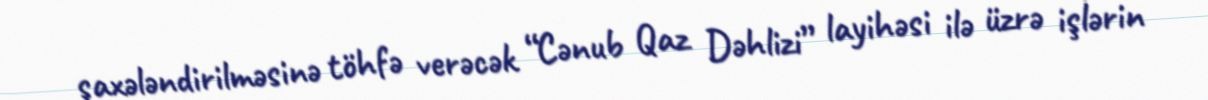
şaxələndirilməsinə töhfə verəcək “Cənub Qaz Dəhlizi” layihəsi ilə üzrə işlərin